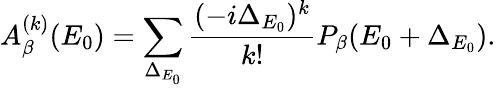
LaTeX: A_{\beta}^{(k)}(E_{0})=\sum_{\Delta_{E_{0}}}\frac{(-i\Delta_{E_{0}})^{k}}{k!}P_{\beta}(E_{0}+\Delta_{E_{0}}).